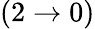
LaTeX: (2\rightarrow 0)